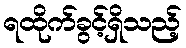
ရထိုက်ခွင့်ရှိသည့်